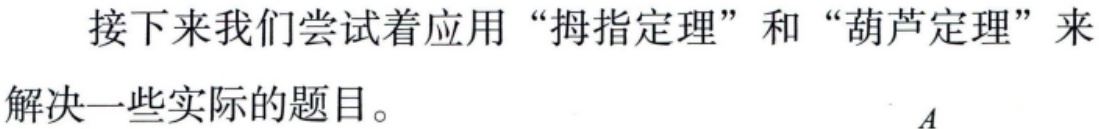
接下来我们尝试着应用 “拇指定理” 和 “葫芦定理” 来解决一些实际的题目。